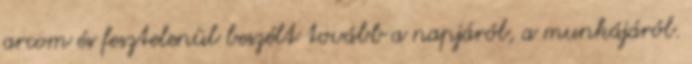
arcom és fesztelenül beszélt tovább a napjáról, a munkájáról.